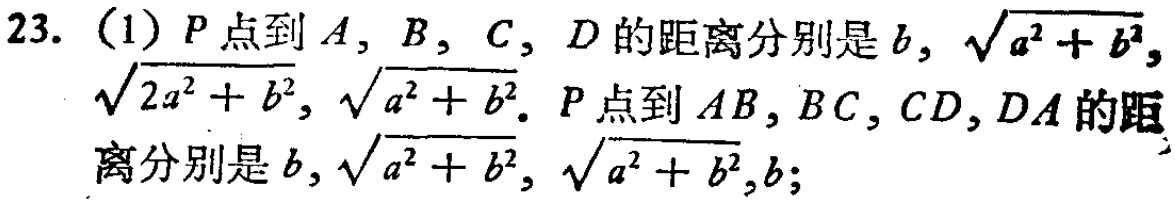
23. (1) \(P\)点到\(A,B,C,D\)的距离分别是\(b,\sqrt{a^{2}+b^{2}},\sqrt{2a^{2}+b^{2}},\sqrt{a^{2}+b^{2}}\). \(P\)点到\(AB,BC,CD,DA\)的距离分别是\(b,\sqrt{a^{2}+b^{2}},\sqrt{a^{2}+b^{2}},b\);